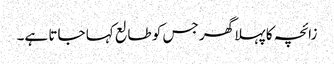
زائچہ کا پہلا گھر جس کو طالع کہا جاتا ہے۔